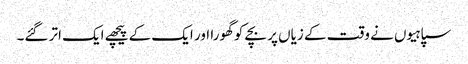
سپاہیوں نے وقت کے زیاں پر بچے کو گھورا اور ایک کے پیچھے ایک اتر گئے۔